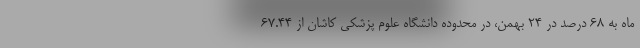
ماه به ۶۸ درصد در ۲۴ بهمن، در محدوده دانشگاه علوم پزشکی کاشان از ۶۷.۴۴